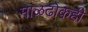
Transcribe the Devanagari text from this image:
माळढोकही